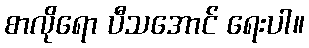
စာလိုရော ပီသအောင် ရေးပါ။